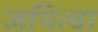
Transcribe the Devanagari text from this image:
जपित्वा